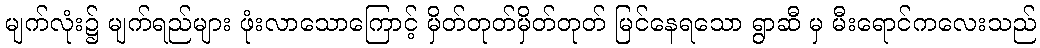
မျက်လုံး၌ မျက်ရည်များ ဖုံးလာသောကြောင့် မှိတ်တုတ်မှိတ်တုတ် မြင်နေရသော ရွာဆီ မှ မီးရောင်ကလေးသည်